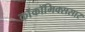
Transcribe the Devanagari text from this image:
काॅकॉमिक्ससार